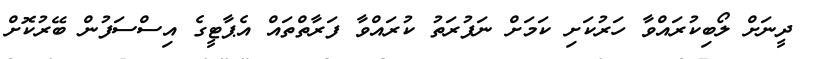
ދީނަށް ލޯބިކުރައްވާ ހަރުކަށި ކަމަށް ނަފުރަތު ކުރައްވާ ފަރާތްތައް އެޕާޓީގެ އިސްސަފުން ބޭރުކޮށް